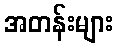
အတန်းများ